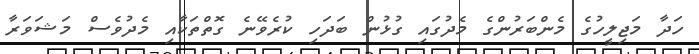
ހަދާ މަޖިލީހުގެ މެންބަރުންގެ މެދުގައި ގުޅުން ބަދަހި ކުރެވޭނެ ގޮތްތަކާއި މެދުވެސް މަޝަވަރާ